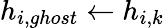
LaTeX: h_{i,ghost}\leftarrow h_{i,k}